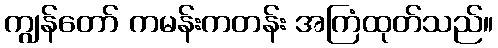
ကျွန်တော် ကမန်းကတန်း အကြံထုတ်သည်။